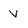
Character: v